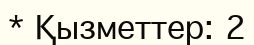
* Қызметтер: 2